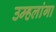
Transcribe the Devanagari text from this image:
उम्हलांगा